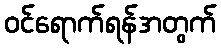
ဝင်ရောက်ရန်အတွက်